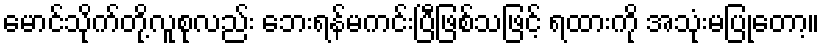
မောင်သိုက်တို့လူစုလည်း ဘေးရန်မကင်းပြီဖြစ်သဖြင့် ရထားကို အသုံးမပြုတော့။